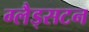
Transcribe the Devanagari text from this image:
ग्लैड्सटन